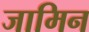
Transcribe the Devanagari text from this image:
जामिन